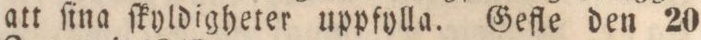
att ſina ſkyldigheter uppfylla. Gefle den 20